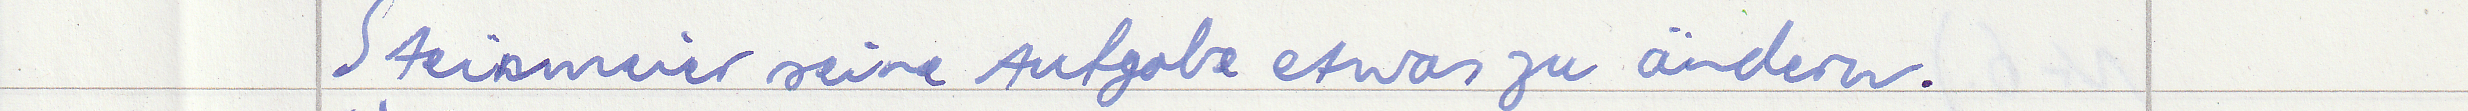
Steinmeier seine Aufgabe etwas zu ändern.